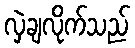
လှဲချလိုက်သည်